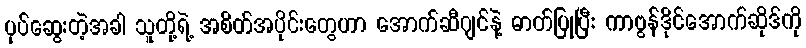
ပုပ်ဆွေးတဲ့အခါ သူတို့ရဲ့ အစိတ်အပိုင်းတွေဟာ အောက်ဆီဂျင်နဲ့ ဓာတ်ပြုပြီး ကာဗွန်ဒိုင်အောက်ဆိုဒ်ကို